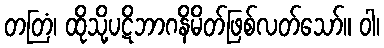
တတြံ၊ ထိုသို့ပဋိဘာဂနိမိတ်ဖြစ်လတ်သော်။ ဝါ၊